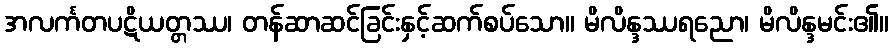
အလင်္ကတပဋိယတ္တဿ၊ တန်ဆာဆင်ခြင်းနှင့်ဆက်စပ်သော။ မိလိန္ဒဿရညော၊ မိလိန္ဒမင်း၏။